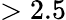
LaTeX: >2.5